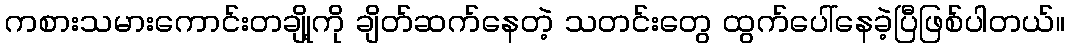
ကစားသမားကောင်းတချို့ကို ချိတ်ဆက်နေတဲ့ သတင်းတွေ ထွက်ပေါ်နေခဲ့ပြီဖြစ်ပါတယ်။